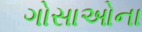
ગોસાઓના